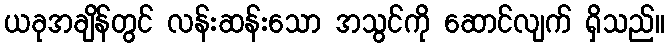
ယခုအချိန်တွင် လန်းဆန်းသော အသွင်ကို ဆောင်လျက် ရှိသည်။